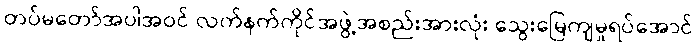
တပ်မတော်အပါအဝင် လက်နက်ကိုင်အဖွဲ့အစည်းအားလုံး သွေးမြေကျမှုရပ်အောင်